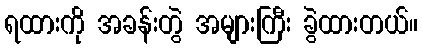
ရထားကို အခန်းတွဲ အများကြီး ခွဲထားတယ်။